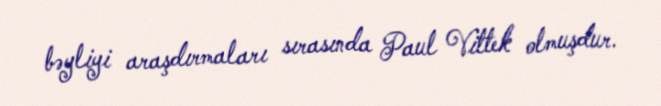
bəyliyi araşdırmaları sırasında Paul Vittek olmuşdur.